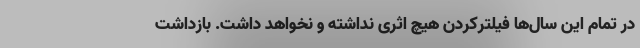
در تمام این سال‌ها فیلترکردن هیچ اثری نداشته و نخواهد داشت. بازداشت